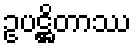
ဥပဋ္ဌိတာဿ